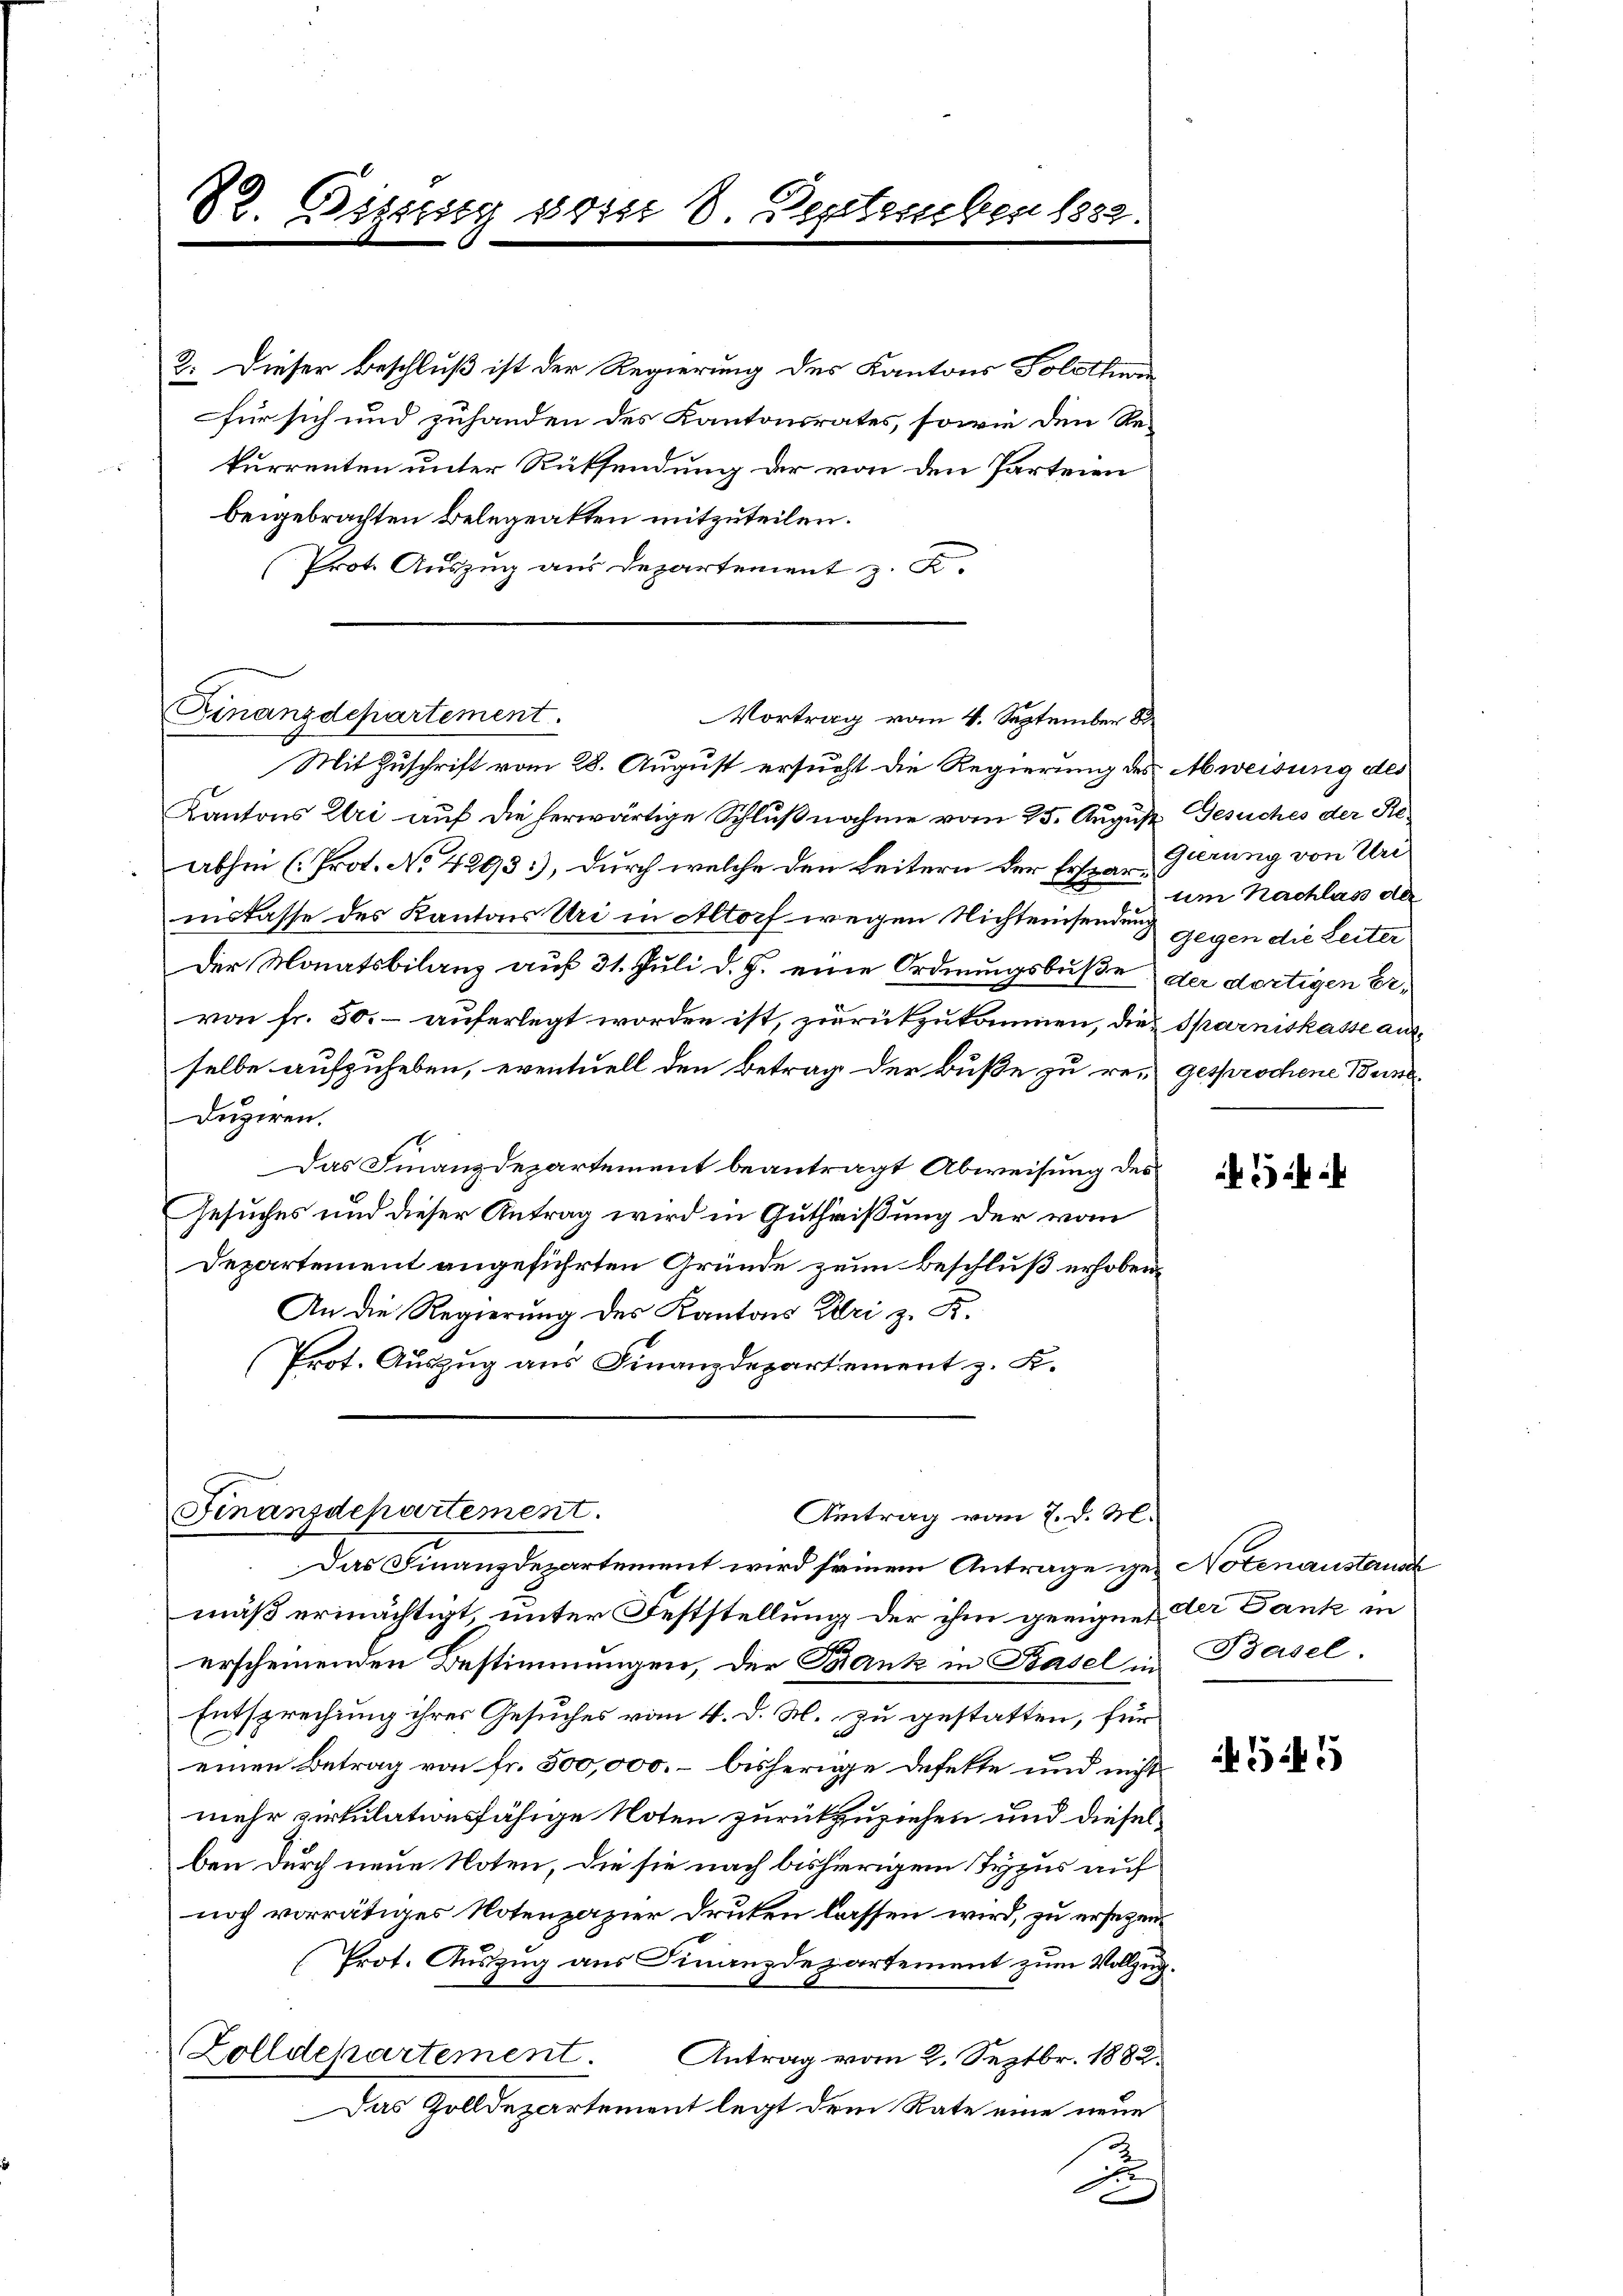
82. Eizung so ist 8 Septruben 1882.

2. Dieser Beschluß ist der Regierung des Kantons Solothur
für sich und zuhanden des Kantonsrates, sowie den Rekurrenten unter Rücksendung der von den Parteien
beigebrachten Belegeakten mitzuteilen.
Prote Aŭszŭg ans Departement z. K.
Mit Zuschrift vom 28. August ersucht die Regierung des Abweisung des
Kantons Uri auf die herwärtige Schlußnahme vom 25. August
abhin (Prot. No 4293), durch welche den Leitern der Erspar Gierung von Uri
inskasse des Kantons Uri in Altorf wegen Nichteinsendung
Der Monatsbilanz auf 31. Juli d. J. eine Ordnungsbuße der dortigen Ervon Fr. 50.- auferlegt worden ist, zurükzukommen, die Sparniskasse ausselbe aufzuheben, eventuell den Betrag der Buße zu re-
duziren.
Das Finanzdepartement beantragt Abweisung des
Gesuches und dieser Antrag wird in Gutheißung der vom
Departement angeführten Gründe zum Beschluß erhoben¬
An die Regierung des Kantons Zuri z. B.
Prot. Auszug aus Finanzdepartement z. K.

Finanzdepartement.
Vortrag vom 4. September 8

Finanzdepartement
Antrag vom 7. d. M.

Das Finanzdepartement wird seinem Antrage ge- Notenaustausch
mäß ermächtigt, unter Feststellung der ihm geeignet der Dank in
erscheinenden Bestimmungen, der Trank in Basel in Basel
Entsprechung ihres Gesuches vom 4. d. M. zu gestatten, für
einen Betrag von fr. 500,000. – bisherige Defette und nicht
mehr virkulationsfähige Noten zurückzuziehen und diesel
ben durch neue Noten, die sie nach bishierigem Typus auf
noch vorrätiges Notenzazier Druken lassen wird, zu ersetzen
Prot. Auszug aus Finanzdepartement zum Vollzug.
Zolldepartement.
Antrag vom 2. Septbr. 1882.
Das Zolldepartement legt dem Rate eine neue
u

Gesuches der Ste-
um Nachlas der
Gegen die Leiter
gesprochene Buse.
2

.

4545